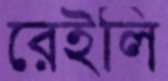
রেইলি